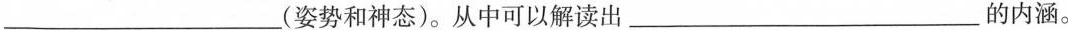
___(姿势和神态)。从中可以解读出___的内涵。